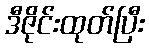
ဒီဇိုင်းထုတ်ပြီး